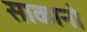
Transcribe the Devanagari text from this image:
साकानो